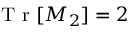
\mathrm { ~ T ~ r ~ } [ M _ { 2 } ] = 2